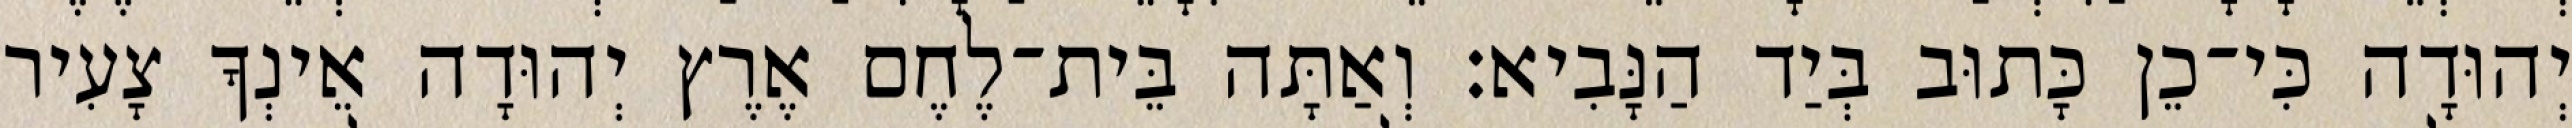
יְהוּדָה כִּי־כֵן כָּתוּב בְּיַד הַנָּבִיא׃ וְאַתָּה בֵּית־לֶחֶם אֶרֶץ יְהוּדָה אֵינְךָ צָעִיר